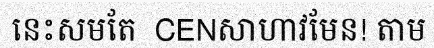
នេះសមតែ  CENសាហាវមែន! តាម